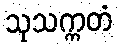
သုသက္ကတံ